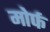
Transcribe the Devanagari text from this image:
मोर्फ